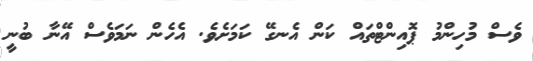
ވެސް މުހިންމު ޕޮއިންޓްތައް ކަން އެނގޭ ކަމަށެވެ. އެހެން ނަމަވެސް އޭނާ ބުނީ